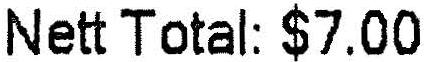
NETT TOTAL: $7.00